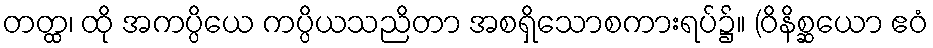
တတ္ထ၊ ထို အကပ္ပိယေ ကပ္ပိယသညိတာ အစရှိသောစကားရပ်၌။ (ဝိနိစ္ဆယော ဧဝံ